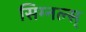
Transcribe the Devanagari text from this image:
सिग्नल्स्